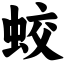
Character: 蛟